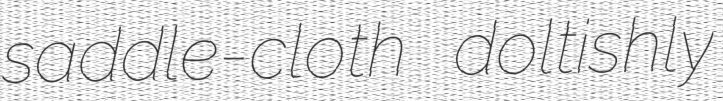
saddle-cloth doltishly